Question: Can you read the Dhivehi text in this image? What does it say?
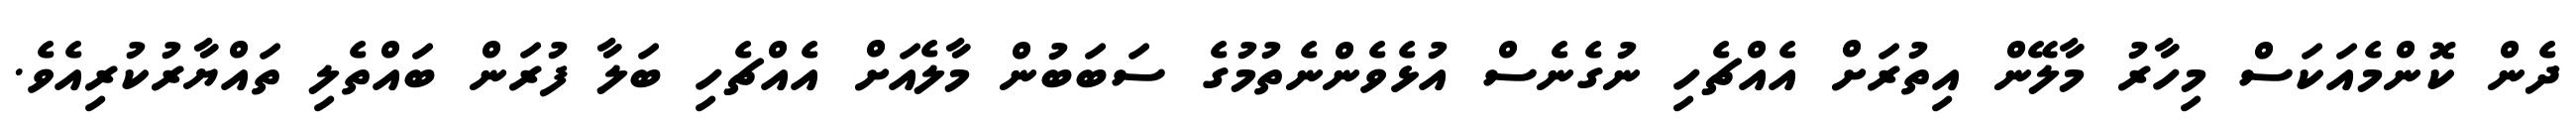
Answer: ދެން ކޮންމެއަކަސް މިހާރު މާލޭން އިތުރަށް އެއްޗެހި ނުގެނެސް އުޅެވެންނެތުމުގެ ސަބަބުން މާލެއަށް އެއްޗެހި ބަލާ ފުރަން ބައްތެލި ތައްޔާރުކުރިއެވެ.